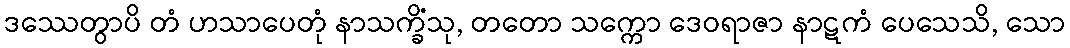
ဒဿေတွာပိ တံ ဟသာပေတုံ နာသက္ခိံသု, တတော သက္ကော ဒေဝရာဇာ နာဋကံ ပေသေသိ, သော